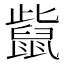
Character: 𪕊